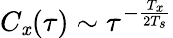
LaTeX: C_{\mathit{x}}(\tau)\sim\tau^{-\frac{{T_{\mathit{x}}}}{{2T_{s}}}}